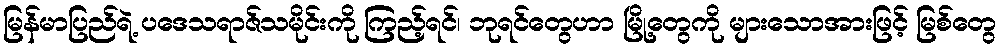
မြန်မာပြည်ရဲ့ ပဒေသရာဇ်သမိုင်းကို ကြည့်ရင်၊ ဘုရင်တွေဟာ မြို့တွေကို များသောအားဖြင့် မြစ်တွေ